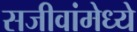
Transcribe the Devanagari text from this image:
सजीवांमेध्ये